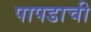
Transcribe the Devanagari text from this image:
पापडाची